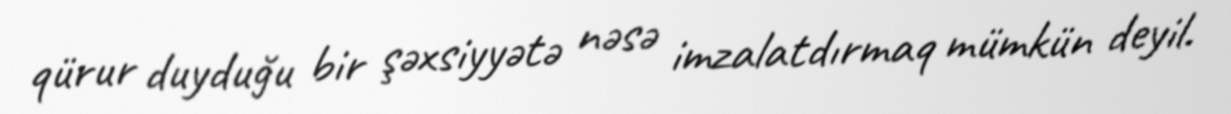
qürur duyduğu bir şəxsiyyətə nəsə imzalatdırmaq mümkün deyil.